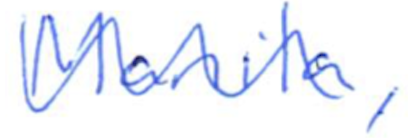
Text: Manila,
Cross-out: wave
Writing tool: ballpoint